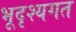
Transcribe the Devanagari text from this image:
भूदृश्यगत